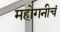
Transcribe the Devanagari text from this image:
महोगनीचं